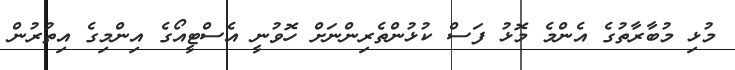
މުޅި މުބާރާތުގެ އެންމެ މޮޅު ފަސް ކުޅުންތެރިންނަށް ހޮވުނީ އެސްޓީއޯގެ އިންމިގެ އިތުރުން